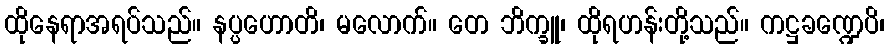
ထိုနေရာအရပ်သည်။ နပ္ပဟောတိ၊ မလောက်။ တေ ဘိက္ခူ၊ ထိုရဟန်းတို့သည်။ ကဋ္ဌခဏ္ဍေပိ၊